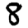
Digit: 8